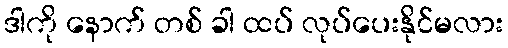
ဒါကို နောက် တစ် ခါ ထပ် လုပ်ပေးနိုင်မလား